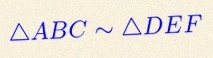
\triangle ABC\sim\triangle DEF